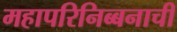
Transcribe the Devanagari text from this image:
महापरिनिब्बनाची